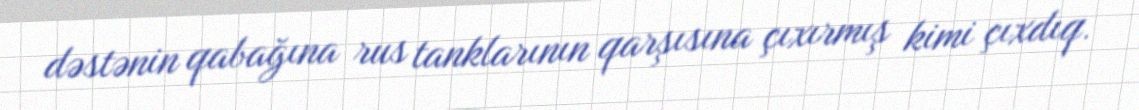
dəstənin qabağına rus tanklarının qarşısına çıxırmış kimi çıxdıq.